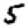
Digit: 5